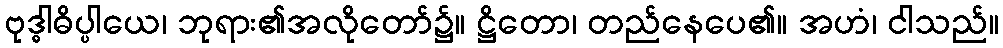
ဗုဒ္ဓါဓိပ္ပါယေ၊ ဘုရား၏အလိုတော်၌။ ဋ္ဌိတော၊ တည်နေပေ၏။ အဟံ၊ ငါသည်။